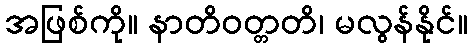
အဖြစ်ကို။ နာတိဝတ္တတိ၊ မလွန်နိုင်။